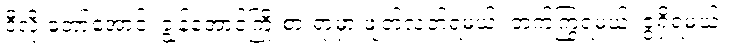
ဒီလို တော်အောင်၊ ချွန်အောင်ကြိုးစားရာမှာ ဖျတ်လတ်ရမယ်၊ တက်ကြွရမယ်၊ ဇွဲရှိရမယ်။